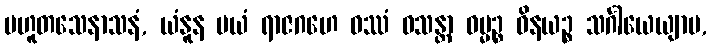
ပဟူတသေနာသနံ, ယံနူန မယံ ရာဇဂဟေ ဝဿံ ဝသန္တာ ဓမ္မဉ္စ ဝိနယဉ္စ သင်္ဂါယေယျာမ,